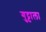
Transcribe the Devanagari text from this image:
गुट्टाला